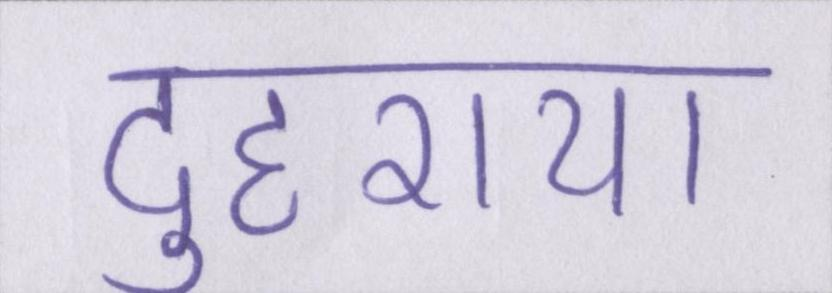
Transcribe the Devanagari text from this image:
दुहराया